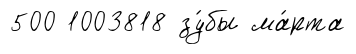
500 1003818 зу́бы ма́рта